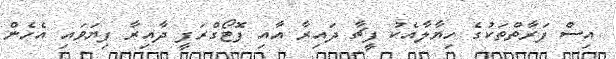
އިސް ފަރާތްތަކުގެ ހިޔާލާއެކު ފީޗާ ދައިރާ އާއި ފޮޓޯގްރަފީ ދާއިރާ ފިޔަވައި އެހެން